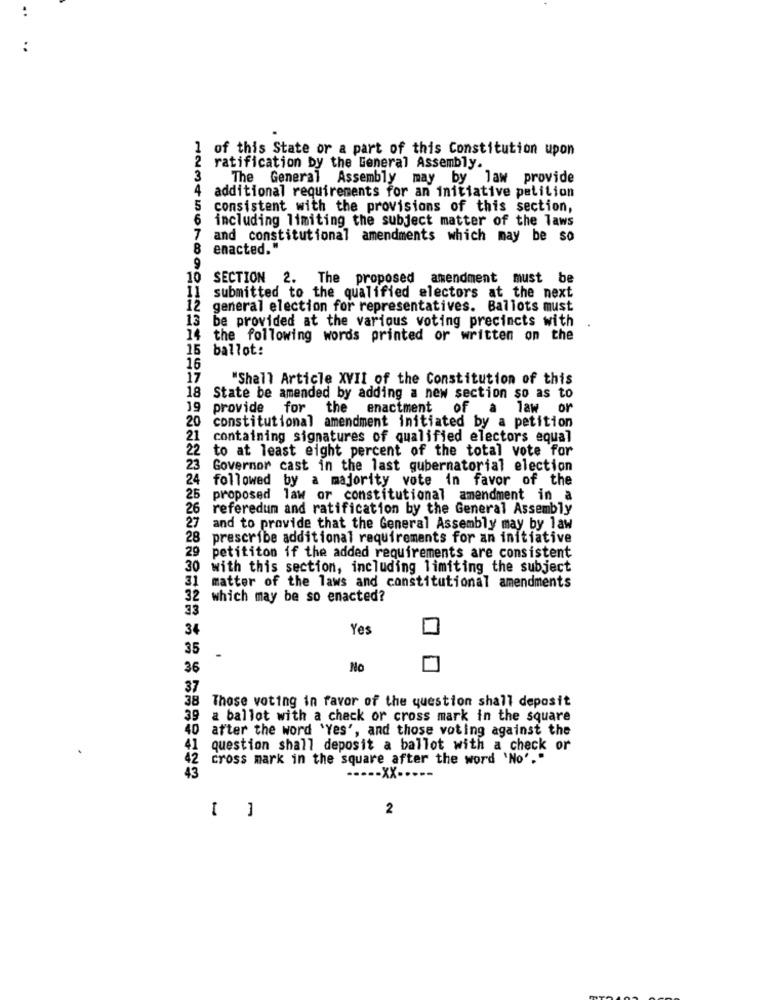
1 of this State or a part of this Constitution upon
2 ratification by the General Assembly.
3
The General Assembly may by law provide
4
additional requirements for an initiative petition
5 consistent with the provisions of this section,
6
including limiting the subject matter of the laws
and constitutional amendments which may be so
8
enacted."
10 SECTION 2. The proposed amendment must be
Il submitted to the qualified electors at the next
12 general election for representatives. Ballots must
13 be provided at the various voting precincts with
14 the following words printed or written on the
15 ballot:
16
17
"Shall Article XVII of the Constitution of this
18 State be amended by adding a new section so as to
19 provide
for the enactment
of
a law or
20 constitutional amendment initiated by a petition
1 containing signatures of qualified electors equal
2 to at least eight percent of the total vote for
23
Governor cast in the last gubernatorial election
24
followed by a majority vote in favor of the
25
proposed law or constitutional amendment in a
26 referedum and ratification by the General Assembly
27
and to provide that the General Assembly may by law
8 prescribe additional requirements for an initiative
29 petititon if the added requirements are consistent
30 with this section, including limiting the subject
31 matter of the laws and constitutional amendments
which may be so enacted?
33
34
Yes
35
36
No
37
38 Those voting in favor of the question shall deposit
39 a ballot with a check or cross mark in the square
40 after the word 'Yes', and those voting against the
question shall deposit a ballot with a check or
cross mark in the square after the word 'No'."
43
-- xx-
2